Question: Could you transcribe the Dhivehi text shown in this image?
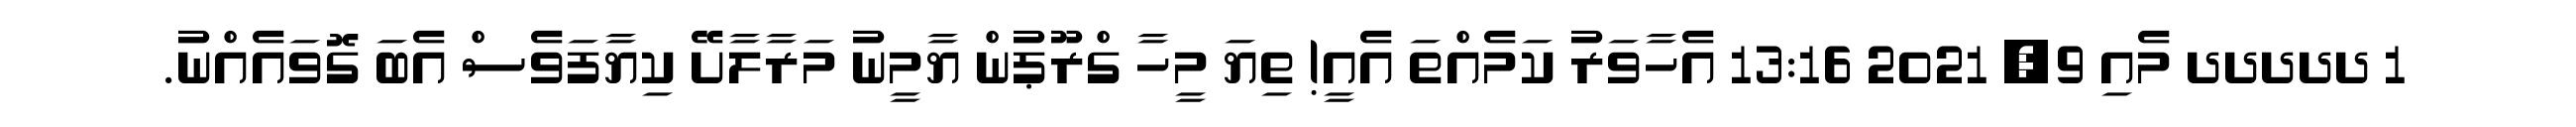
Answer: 1 ދދދދދ މެއި 9, 2021 13:16 އެހާވަރު ކަމެއްތަ އެއީ! ތިޔަ މީހާ ގްރޫޕުން ޔާމީނު މަރާލާށޭ ކިޔާފަވެސް އެބަ ގޮވައެއްނު.